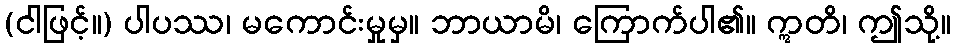
(ငါဖြင့်။) ပါပဿ၊ မကောင်းမှုမှ။ ဘာယာမိ၊ ကြောက်ပါ၏။ ဣတိ၊ ဤသို့။